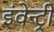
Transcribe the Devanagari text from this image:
इंवेन्ट्री